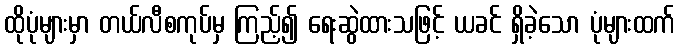
ထိုပုံများမှာ တယ်လီစကုပ်မှ ကြည့်၍ ရေးဆွဲထားသဖြင့် ယခင် ရှိခဲ့သော ပုံများထက်